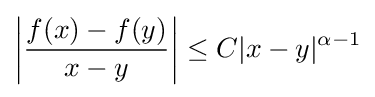
\left|{\frac {f(x)-f(y)}{x-y}}\right|\leq C|x-y|^{\alpha -1}